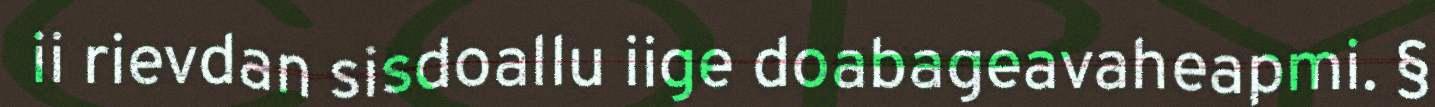
ii rievdan sisdoallu iige doabageavaheapmi. §